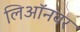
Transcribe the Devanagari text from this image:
लिऑनवर